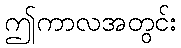
ဤကာလအတွင်း